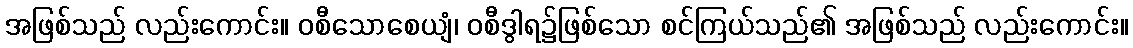
အဖြစ်သည် လည်းကောင်း။ ဝစီသောစေယျံ၊ ဝစီဒွါရ၌ဖြစ်သော စင်ကြယ်သည်၏ အဖြစ်သည် လည်းကောင်း။